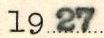
1927